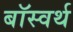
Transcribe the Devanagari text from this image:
बॉस्वर्थ